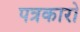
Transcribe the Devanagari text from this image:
पत्रकारो